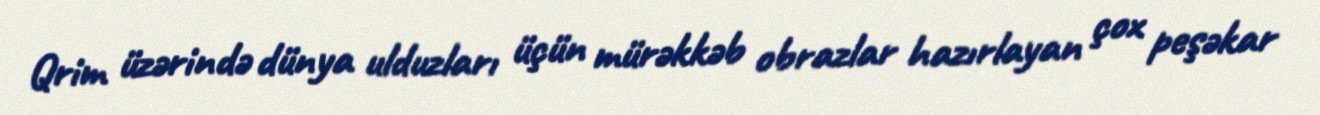
Qrim üzərində dünya ulduzları üçün mürəkkəb obrazlar hazırlayan çox peşəkar